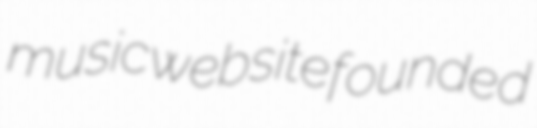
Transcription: music website founded